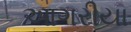
આગરીયા